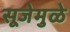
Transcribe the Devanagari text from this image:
सूजेमुळे